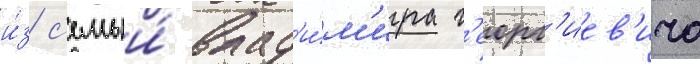
и́з с'емьи́ влад'и́м'ира г'еорг'иев'ича